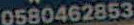
0580462853